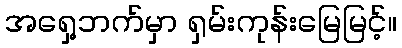
အရှေ့ဘက်မှာ ရှမ်းကုန်းမြေမြင့်။